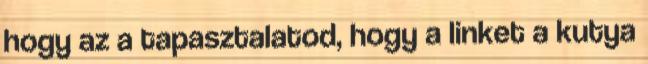
hogy az a tapasztalatod, hogy a linket a kutya